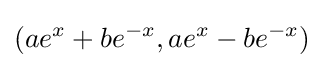
(ae^{x}+be^{-x},ae^{x}-be^{-x})